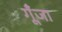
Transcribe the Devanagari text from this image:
गूँजा